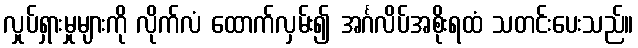
လှုပ်ရှားမှုများကို လိုက်လံ ထောက်လှမ်း၍ အင်္ဂလိပ်အစိုးရထံ သတင်းပေးသည်။